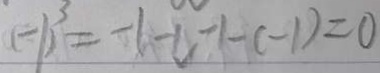
( - 1 ) ^ { 3 } = - 1 - c - 1 - ( - 1 ) = 0